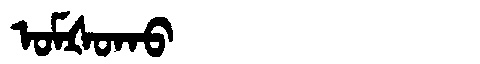
Manchu: ᠣᠮᡧᠣᡴᠣ
Romanization: OMŠOKO